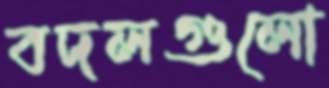
বদলগুলো